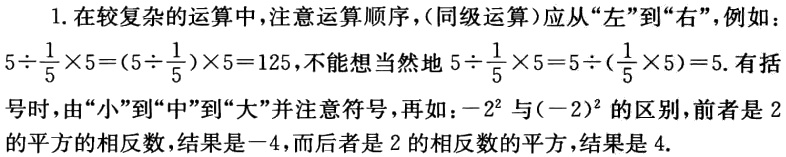
1. 在较复杂的运算中，注意运算顺序，(同级运算)应从“左”到“右”，例如：
\(5\div\frac{1}{5}\times5=(5\div\frac{1}{5})\times5 = 125\)，不能想当然地\(5\div\frac{1}{5}\times5=5\div(\frac{1}{5}\times5)=5\). 有括号时，由“小”到“中”到“大”并注意符号，再如：\(-2^{2}\)与\((-2)^{2}\)的区别，前者是 2的平方的相反数，结果是\(-4\)，而后者是 2 的相反数的平方，结果是 4.